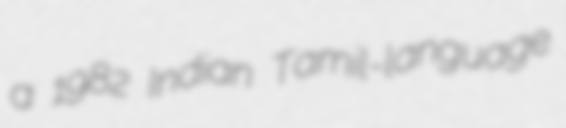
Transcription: a 1982 Indian Tamil-language